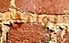
أواثق